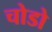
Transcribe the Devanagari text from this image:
चोडो